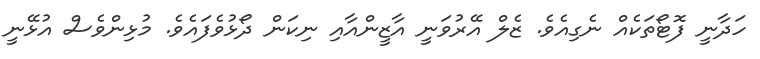
ހަދާނީ ފޮޓޯތަކެއް ނެގިއެވެ. ޒެލް އޭރުވަނީ އާޒީންއާއި ނިކަން ދޯޅުވެފައެވެ. މުޅިންވެސް އުޅޭނީ